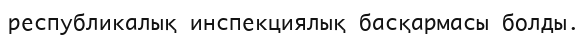
республикалық инспекциялық басқармасы болды.